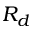
R _ { d }